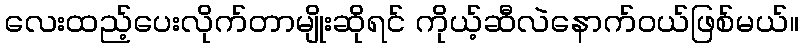
လေးထည့်ပေးလိုက်တာမျိုးဆိုရင် ကိုယ့်ဆီလဲနောက်ဝယ်ဖြစ်မယ်။